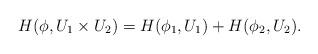
LaTeX: \begin{align*}H(\phi,U_1\times U_2)=H(\phi_1,U_1)+H(\phi_2,U_2).\end{align*}